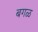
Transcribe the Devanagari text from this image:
बगळ